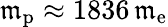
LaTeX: \mathfrak{m}_{\mathrm{{p}}}\approx1836\, \mathfrak{m}_{\mathrm{{e}}}